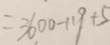
= 3 6 0 0 - 1 1 9 + 5